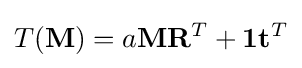
T(\mathbf {M} )=a\mathbf {M} \mathbf {R} ^{T}+\mathbf {1} \mathbf {t} ^{T}